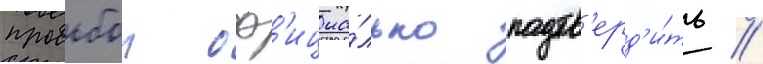
просьбои оф'ициа́льно подтв'ерд'и́ть /